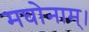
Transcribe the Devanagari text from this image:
मघोनाम्।